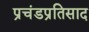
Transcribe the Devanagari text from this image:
प्रचंडप्रतिसाद